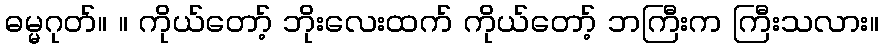
ဓမ္မဂုတ်။ ။ ကိုယ်တော့် ဘိုးလေးထက် ကိုယ်တော့် ဘကြီးက ကြီးသလား။